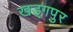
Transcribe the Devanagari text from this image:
खड्‍गपुर